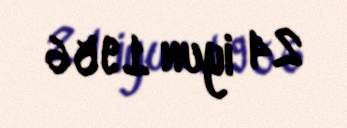
24 iyun 1956